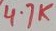
Text: 4.7K